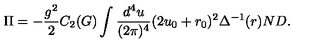
\Pi = - \frac { g ^ { 2 } } { 2 } C _ { 2 } ( G ) \int \frac { d ^ { 4 } u } { ( 2 \pi ) ^ { 4 } } ( 2 u _ { 0 } + r _ { 0 } ) ^ { 2 } \Delta ^ { - 1 } ( r ) N D .